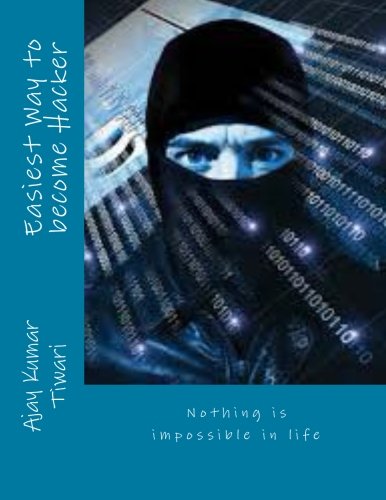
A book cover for Easiest Way to become Hacker; Mr Ajay Kumar Tiwari; Computers & Technology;